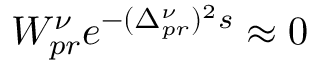
W _ { p r } ^ { \nu } e ^ { - ( \Delta _ { p r } ^ { \nu } ) ^ { 2 } s } \approx 0